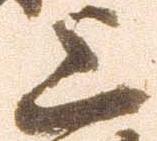
上